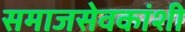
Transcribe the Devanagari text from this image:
समाजसेवकांशी